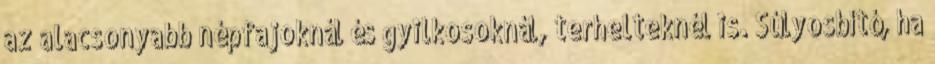
az alacsonyabb népfajoknál és gyilkosoknál, terhelteknél is. Súlyosbító, ha